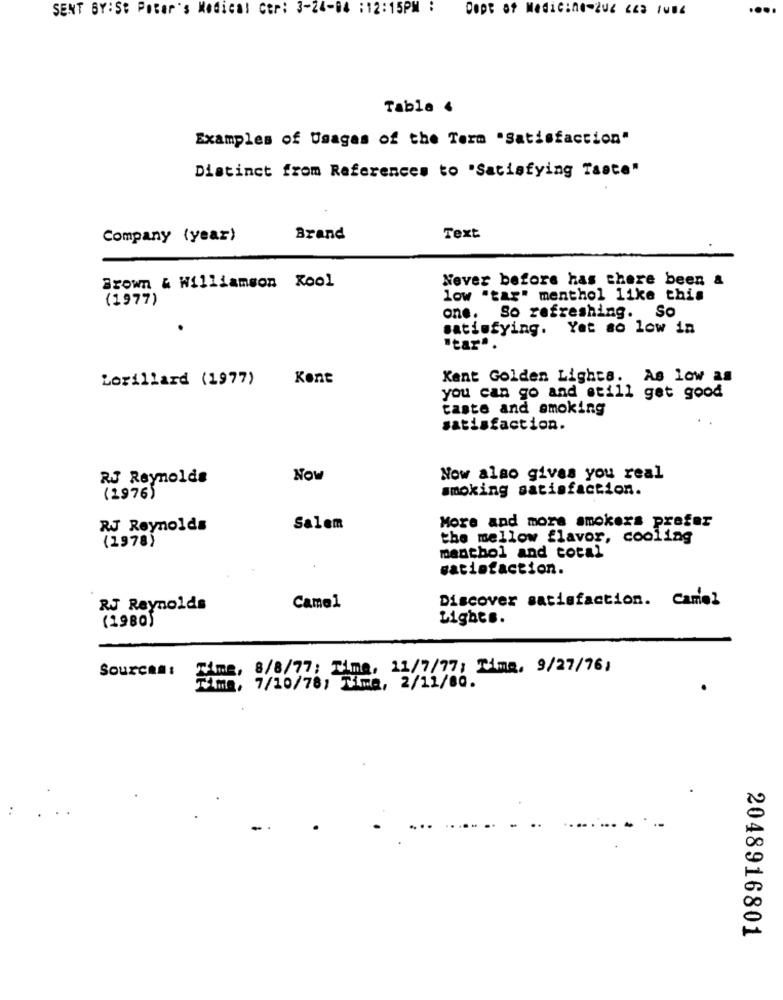
SENT BY:St Peter's Medical Cer: 3-24-84 :12:15PM :
CODE of Medicine-206 223 1006
..
Table 4
Examples of Usages of the Term "Satisfaction"
Distinct from References to "Satisfying Taste"
Company (year)
Brand
Text
Never before has there been &
Brown & Williamson Kool
(1977)
low "tar" menthol like this
one. So refreshing. So
.
satisfying. Yet so low in
Lorillard (1977)
Kent
Kent Golden Lights. As low as
you can go and still get good
taste and smoking
satisfaction.
RJ Reynolds
Now
Now also gives you real
smoking satisfaction.
(1976)
More and more smokers prefer
RJ Reynolds
Salem
(1978)
the mellow flavor, cooling
menthol and total
satisfaction.
Discover satisfaction. Camel
RJ Reynolds
Camel
Lights.
(1980)
Time, 8/8/77: Time, 11/7/77; Time, 9/27/761
Sources :
Time, 7/10/78; Time, 2/11/80.
2048916801